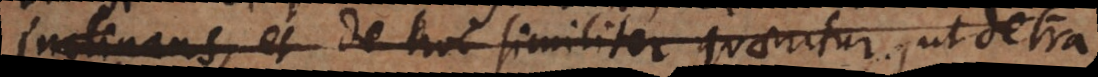
inclinans, et de hoc similiter quaeritur, ut detra